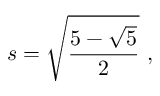
s = { \sqrt { \frac { 5 - { \sqrt { 5 } } } { 2 } } } \ ,